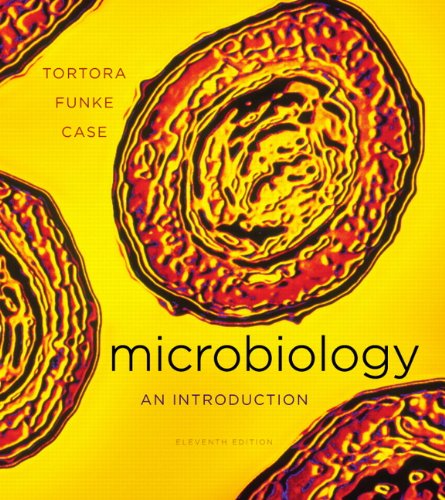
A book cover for Microbiology: An Introduction, 11th Edition; Gerard J. Tortora; Medical Books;